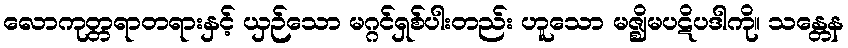
လောကုတ္တရာတရားနှင့် ယှဉ်သော မဂ္ဂင်ရှစ်ပါးတည်း ဟူသော မဇ္ဈိမပဋိပဒါကို။ သန္တေန